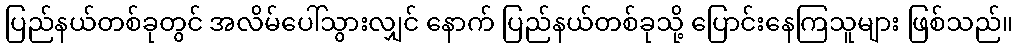
ပြည်နယ်တစ်ခုတွင် အလိမ်ပေါ်သွားလျှင် နောက် ပြည်နယ်တစ်ခုသို့ ပြောင်းနေကြသူများ ဖြစ်သည်။